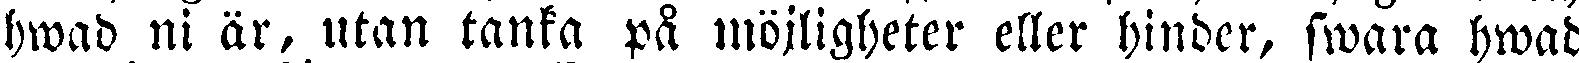
hwad ni är, utan tanka på möjligheter eller hinder, swara hwad